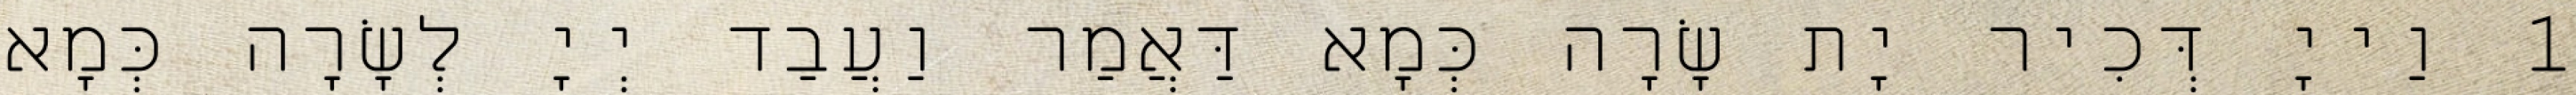
1 וַייָ דְּכִיר יָת שָׂרָה כְּמָא דַּאֲמַר וַעֲבַד יְיָ לְשָׂרָה כְּמָא